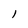
Character: 1